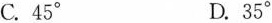
C.45° D.35°